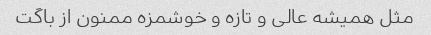
مثل همیشه عالی و تازه و خوشمزه ممنون از باگت